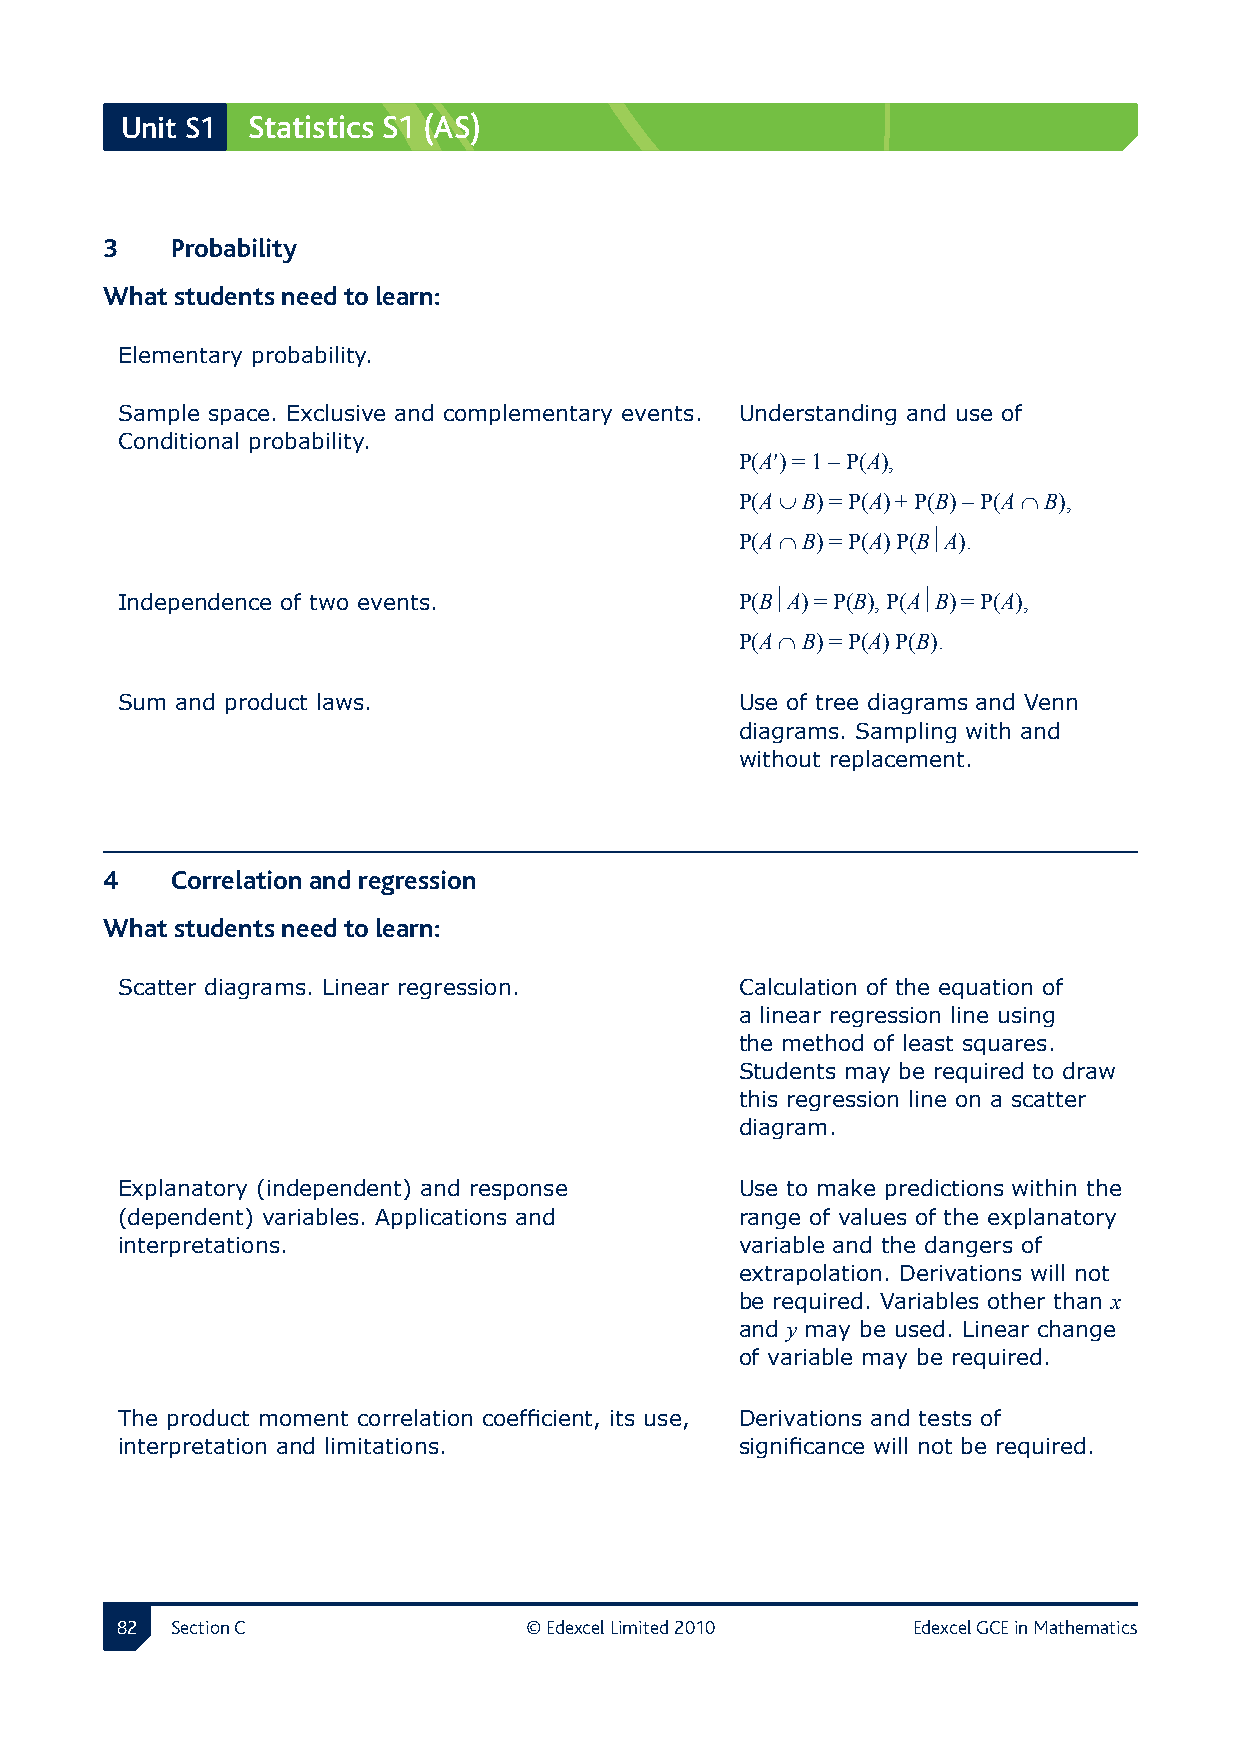
Unit S1 Statistics S1 (AS)
 3  Probability 
 What students need to learn:
 Elementary probability.
 Sample space. Exclusive and complementary events. Understanding and use of
 Conditional probability.
 P(A′) = 1 − P(A),
 P(A ∪ B) = P(A) + P(B) − P(A ∩ B),
 P(A ∩ B) = P(A) P(BA).
 Independence of two events.              P(BA) = P(B), P(AB) = P(A),
 P(A ∩ B) = P(A) P(B).
 Sum and product laws.                    Use of tree diagrams and Venn
 diagrams. Sampling with and
 without replacement.
 4  Correlation and regression
 What students need to learn:
 Scatter diagrams. Linear regression.     Calculation of the equation of
 a linear regression line using
 the method of least squares.
 Students may be required to draw
 this regression line on a scatter
 diagram.
 Explanatory (independent) and response   Use to make predictions within the
 (dependent) variables. Applications and  range of values of the explanatory
 interpretations.                         variable and the dangers of
 extrapolation. Derivations will not
 be required. Variables other than x
 and y may be used. Linear change
 of variable may be required.
 The product moment correlation coefficient, its use, Derivations and tests of
 interpretation and limitations.          significance will not be required.
 2 Section C               © Edexcel Limited 2010   Edexcel GCE in Mathematics